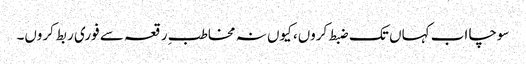
سوچا اب کہاں تک ضبط کروں، کیوں نہ مخاطبِ رقعہ سے فوری ربط کروں۔